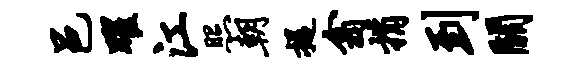
邑曜江照朝提翕捐到关